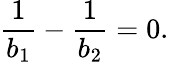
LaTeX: \frac{1}{b_{1}}-\frac{1}{b_{2}}=0.